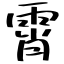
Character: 霄